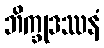
ဘိက္ခုဒဿနံ